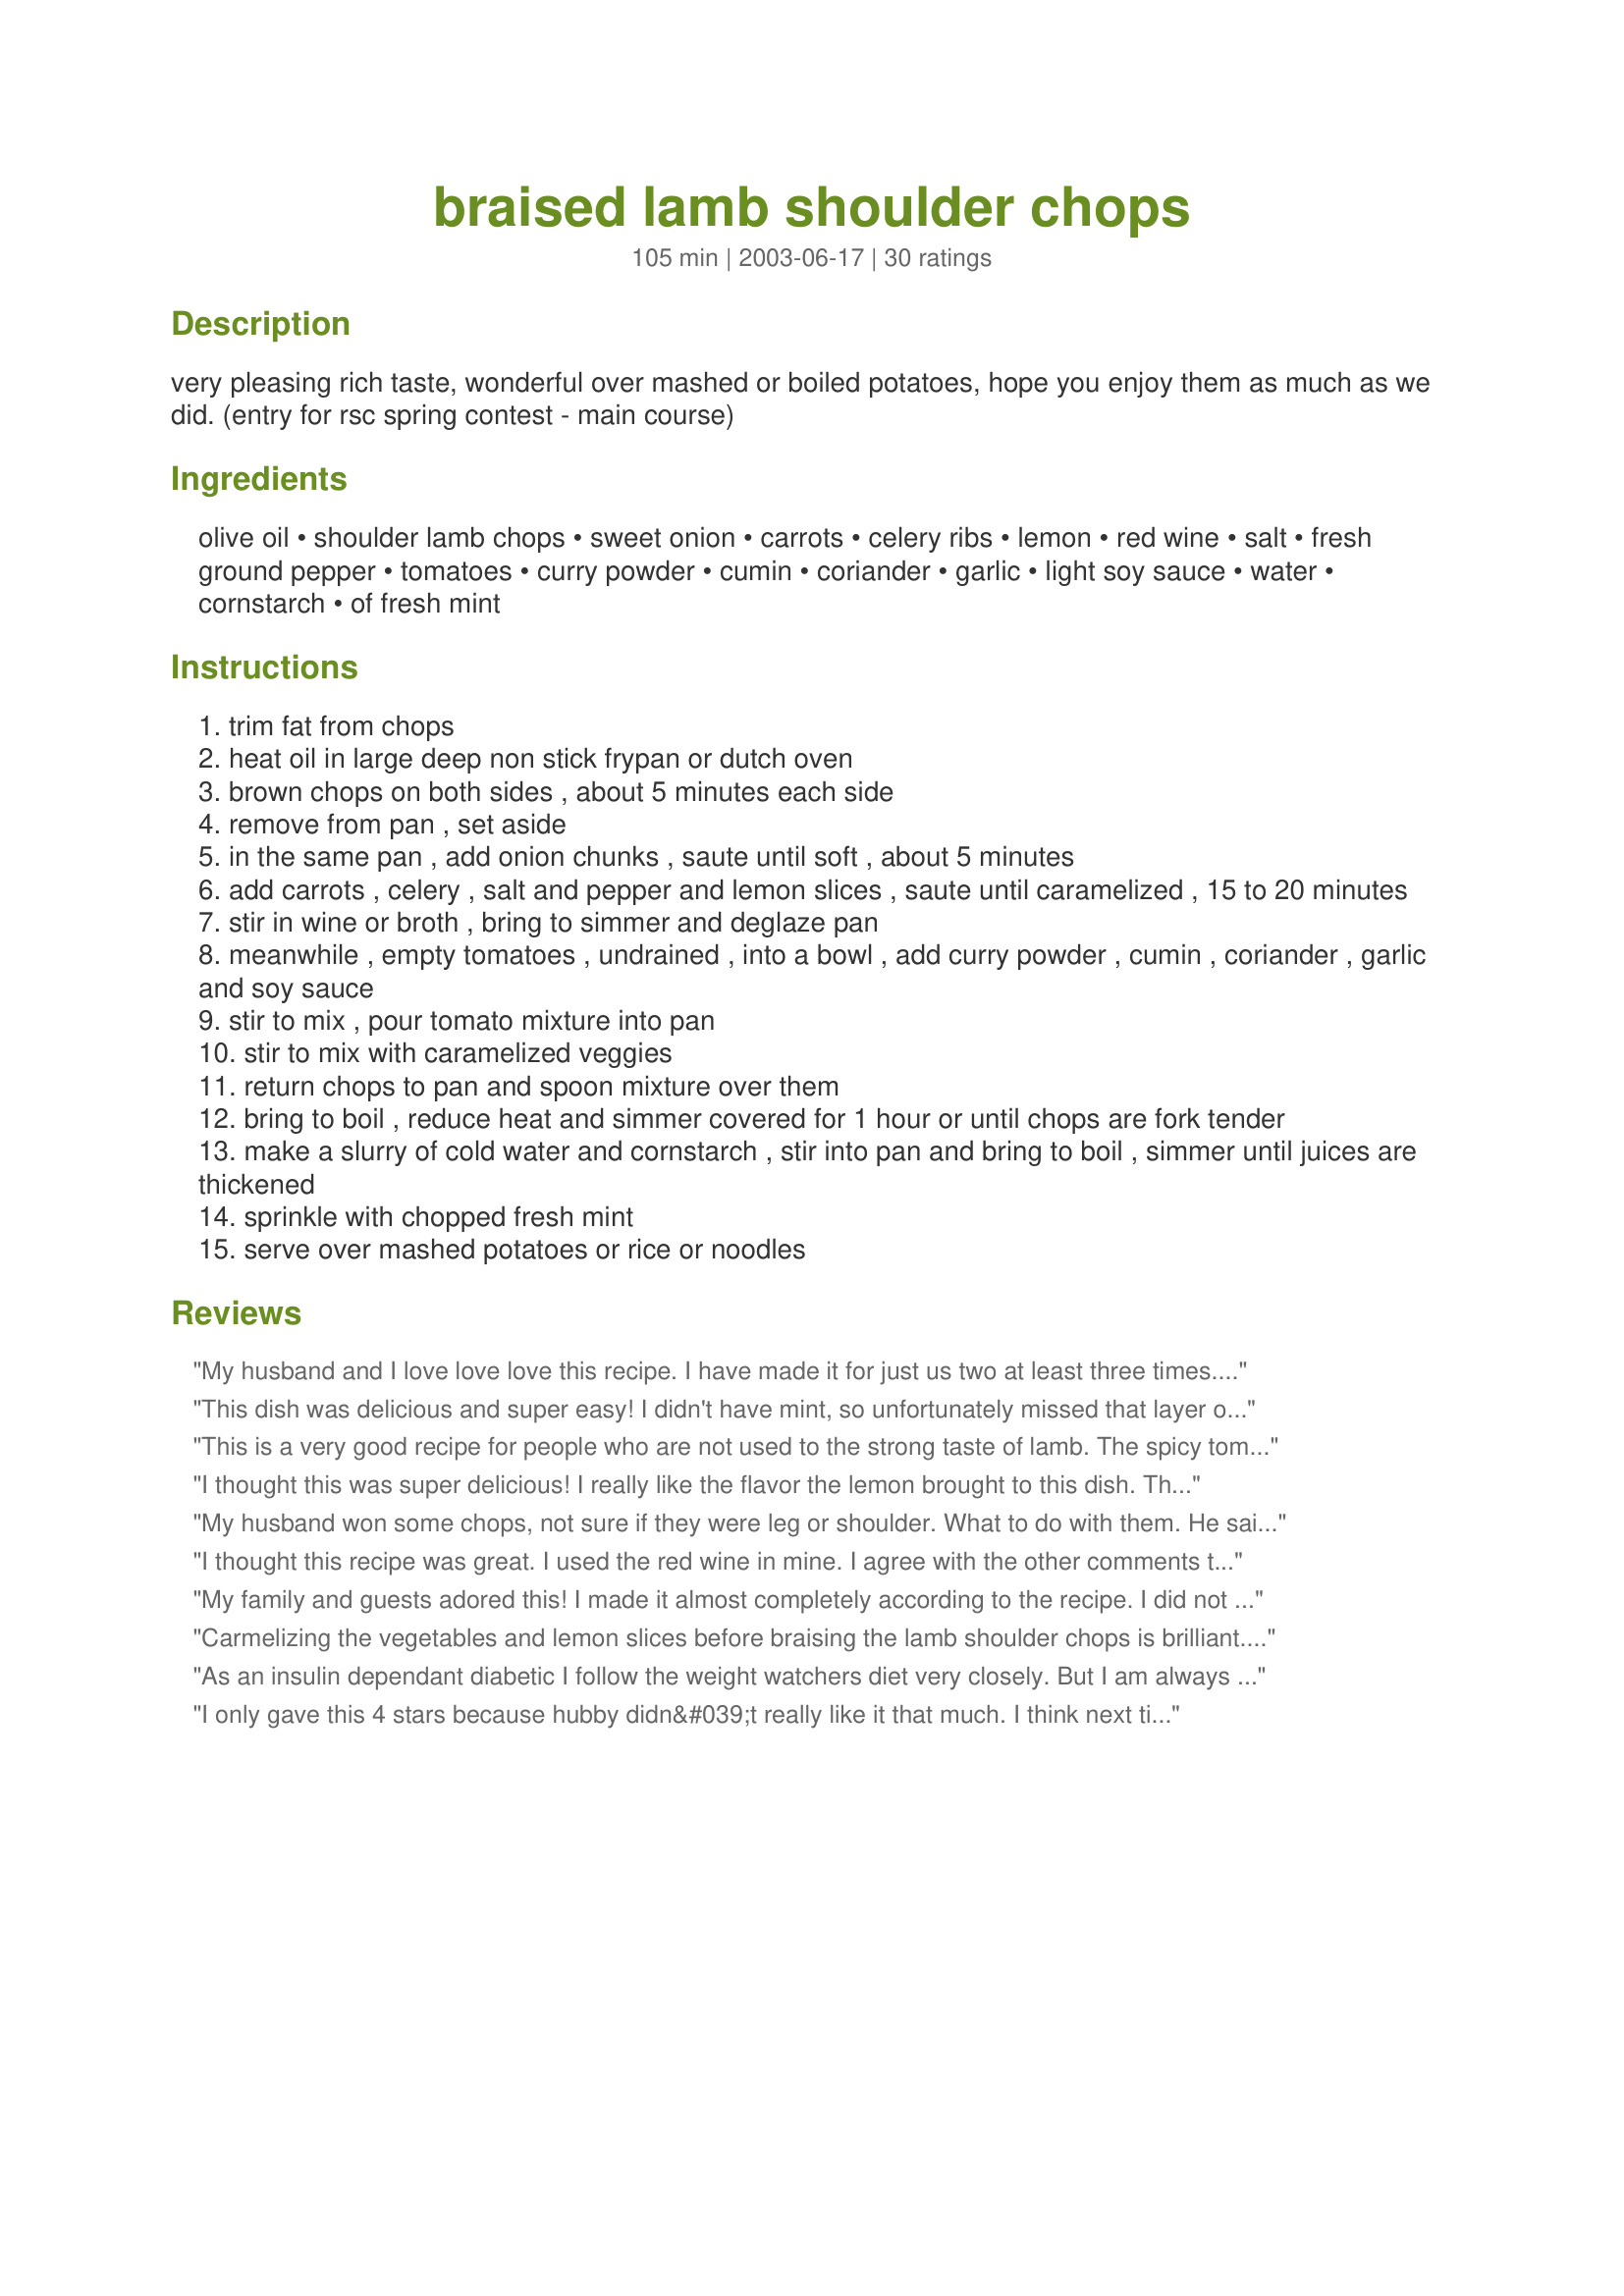
braised lamb shoulder chops
Preparation time: 105 minutes

very pleasing rich taste, wonderful over mashed or boiled potatoes, hope you enjoy them as much as we did. (entry for rsc spring contest - main course)

Ingredients:
olive oil, shoulder lamb chops, sweet onion, carrots, celery ribs, lemon, red wine, salt, fresh ground pepper, tomatoes, curry powder, cumin, coriander, garlic, light soy sauce, water, cornstarch, of fresh mint

Steps:
trim fat from chops
heat oil in large deep non stick frypan or dutch oven
brown chops on both sides , about 5 minutes each side
remove from pan , set aside
in the same pan , add onion chunks , saute until soft , about 5 minutes
add carrots , celery , salt and pepper and lemon slices , saute until caramelized , 15 to 20 minutes
stir in wine or broth , bring to simmer and deglaze pan
meanwhile , empty tomatoes , undrained , into a bowl , add curry powder , cumin , coriander , garlic and soy sauce
stir to mix , pour tomato mixture into pan
stir to mix with caramelized veggies
return chops to pan and spoon mixture over them
bring to boil , reduce heat and simmer covered for 1 hour or until chops are fork tender
make a slurry of cold water and cornstarch , stir into pan and bring to boil , simmer until juices are thickened
sprinkle with chopped fresh mint
serve over mashed potatoes or rice or noodles

Reviews:
My husband and I love love love this recipe. I have made it for just us two at least three times. I plan to make it for Christmas dinner with my in laws.
This dish was delicious and super easy! I didn't have mint, so unfortunately missed that layer of flavor, but if I hadn't read about it, don't think I would have even considered it. Also, I didn't have celery, so I added some celery salt for flavor. Also added sliced mushrooms, amchur powder, and used tangerines in place of lemon. Served the stew-like lamb and veggies over a bed of butter beans with a side of sauteed spinach. Yum!
This is a very good recipe for people who are not used to the strong taste of lamb. The spicy tomato sauce with veggies & lemon tanginess, made this dish simply delicious. Yes, the lamb and veggies were a perfect match to instant Idaho mashed potatoes! 
Further, I cut the recipe in half and used some fresh tomatoes, tomato paste from a tube, less cooking times... with perfect results.
I thought this was super delicious! I really like the flavor the lemon brought to this dish. The sauce is really yummy & the lamb very tender.
My husband won some chops, not sure if they were leg or shoulder. What to do with them. He said he would like a curry. I hate curry, so never make it. Found this recipe, he hates tomatoes in most things. ok. I omitted to tell him I would add them. He hasn't stopped telling me how good this was & I didn't think I could cook so good. I hid the empty tin of tomatoes. I thoorughly enjoyed this, so many flavours, but did not include the mint. Thanks Derf.
I thought this recipe was great. I used the red wine in mine. I agree with the other comments the lemon gives the recipe a special something. And the thing that really finished the dish off is the mint, it brings a freshness to the whole dish. Well done.
My family and guests adored this! I made it almost completely according to the recipe. I did not add the cornstarch, as the sauce was plenty thick enough for me, and I didn't add the mint because I didn't have any. Needless to say, I way will make this again and again.
Carmelizing the vegetables and lemon slices before braising the lamb shoulder chops is brilliant. This recipe is as good as everyone says.
As an insulin dependant diabetic I follow the weight watchers diet very closely. But I am always looking for something different. i love to cook & this can be a challenge. This was a wonderful recipe for lamb or beef. my husband gave it a #10. If you are on weight watchers. the points per chop are 4 unless it's a lean shoulder chop then it's 4. The total points are 6. Very Good.
dcgranny;
I only gave this 4 stars because hubby didn&#039;t really like it that much. I think next time I&#039;ll zest and squeeze the lemon rather than slice it (may have to make it a whole lemon) because I didn&#039;t care for the lemon hit in my mouth when I ate a lemon slice (it was too different a taste from the main taste of the dish.) I used some boneless lamb leg that I chopped into stew sized pieces instead of chops, and cooked for 2 hours, that worked out well. I&#039;m guessing it was about 1 pound of meat. I used cabernet sauvignon wine. Aside from the lemon, the dish was tasty. I would recommend that you sprinkle the chopped mint lightly, as it could overpower the other flavors easily. Preparation was easy and ingredients readily available, so that was a big plus from my point of view. (I was unsure about the &quot;light&quot; soy sauce, so I used low-sodium soy sauce and that was good.) I served it over rice which worked out well to be a one-dish meal.
Excellent! Luscious! The changes we made: omitted curry powder and celery, and we braised it in the oven at 350' for an hour. We kept it warm for another 2 hours till dinnertime, and it was fall-apart luscious. The bites that contain lemon are downright startling. Next time we will add the entire lemon, finely sliced. What a kaleidoscope of flavors! Thank you, Derf!
We really enjoyed this recipe. I used beef stock and added some sweet potatoes and pumpkin to the veges as well. Cooked in the oven at 170 Degrees C (320 Degrees F) for about 1 hour.
Delicious. I made the recipe as directed with the exception of the mint.(didn't have any). We enjoyed this very much.
This is my new favorite lamb recipe! I love the lemon in it; sliced thinly it virtually disappears in the sauce, but the flavor remains and lends very interesting notes. Make sure you have some bread to mop up the dish afterwards!
Super happy with this! This was a great recipe with SIMPLE ingredients that are on hand in the kitchen - a perfect braise recipe for tendering up tough chops. The only changes I made to the recipe were use slightly less curry powder to lower the heat, use 1/4c red wine + 1/4c beef stock, and after browning the meat and vegetables I put it all into a slow cooker for 5 hours on low. I wasn&#039;t sure how it would taste because I&#039;ve never paired red wine with curry spices before; what I found was an incredibly pleasing dish that was easy to put together and leave to cook on its own, tenderized the meat beautifully, and the depth of flavor to the sauce covered any &#039;lamby&#039; taste which some don&#039;t fancy. It has as much comfort as a luxurious slow cooked lamb shank dish. Will definitely cook again!
Friday, July 4/03

My partner, Smiley, came home from work today, opened the door and said "This recipe contest of your's makes our court yard smell like a European bistro". The aroma of Braised Lamb Shoulder Chops simmering in juices flavoured with the recipe's prescribed herbs and seasonings adds to the anticipated enjoyment of dinner. 
We love a lemon addition to our food, use it frequently, so this recipe immediately appeals to our taste preference. The intelligent combination of the seasonings creates a subtility, yet enhances the sweetness of carrot, and onion, while toning down the acidity of tomato and contributes to the ultimate tenderness of Shoulder Chops. (I also added one very large thinly sliced white, mushroom for no good reason other than I could not help myself - I am a mushroom junkie...)

To complement our dinner, I baked two potatoes, cut them in half, but not right through. (I wanted to be able to fold the jackets back over the flesh) I scooped out the flesh while still hot - (that took some doing) - mixed it with a fork until the lumps were smoothed away then added enough canola/soya margarine to bind the flesh, returned the potato to their jackets, folded the skins back over the potato only enough to have plenty of potato protruding through the opening. Then, scooped sauce and veggies over the potatoes and chops. AMBROSIA, PURE AMBROSIA!

I did find, however, that one hour simmering time was not quite long enough to tenderize the celery; but I am a compulsive taster, so I allowed it to continue simmering while I continued tasting, until the vegetables were al dente. Total simmer and taste time about 1.5 hours. The sauce and vegetables are so tasty I could easily eat it on its own, like soup.

Served with a bottle of chilled Terre del Sole, Pinot Grigio, from the 2001 Pasqua collection, made Smiley forget all about the airport woes. When I asked for an objective opinion of the recipe, the answer was an intelligent "Yum-Yum, Goot-Shtofe". 
I guess that brilliant critique means this recipe is a definite keeper, and I thank you for your contribution to the "Ready Set Cook Spring 2003 contest.
loved it! changes I made
 delete : celery, carrots, red wine, curry,soy, cornstarch, and mint.
 add: cubed eggplant, diced zucchini , thick sliced mushrooms, 1/4 inch chopped green beans, lemon zest and juice, red wine vinegar, red pepper flakes, fresh cilantro/flat leaf parsley.
 I thickened it with tomato paste. This is transcendental!
I used leftover Easter lamb roast for this and my husband declared it better than the roast which he made! Even the kids liked it. I only simmered it for about 1/2 hour and it was very easy. Because of the quick cooking I thought my flavors were a little sharp so I added about one tablespoon of brown sugar which worked perfectly. The flavor combination, even with the seasoning from the roast, worked perfectly: complex but not spicy. I'll try this with the shoulder chops and save this for the next lamb leg leftover meal. Thanks
Followed the recipe and in return was rewarded with a very tasty and fulfilling dish. This one is a keeper and we'll add it to our file of favorites!
Served over noodles. Used Sherry. Also, canned Rotele tomatoes.
very good recipe, I also added zuchini and mushrooms and used chopped fresh tomatoes. Thanks!!
This braised Lamb recipe was delicious. I served it with couscous. It had an amazing combination of spices and the lemon gave it just the right amount of bite. Will do it again. A must!
Really great recipe! I had to tweak it a bit as I bought lamb shanks instead of shoulder chops...but delicious nontheless.The flavor was exactly what I was looking for. Thanks!
I don&#039;t usually care for lamb (or mutton) very much, but this dish is wonderful. My husband, who loves lamb, thought he was in heaven. I didn&#039;t have canned tomatoes, but diced some fresh tomatoes and simmered them in a bit of water, and they substituted nicely. The sauce reduced enough during cooking that I omitted the corn starch. I served the lamb with country-style mashed potatoes, green bean bundles, and a freshly baked loaf of rosemary potato bread. (I think I&#039;ll bake a sourdough baguette the next time; the potato bread was a little too soft to soak up all the yummy sauce.) Needless to say, we&#039;ve happily added your recipe to our menu rotation and are looking forward to trying it with other meats as well. :)
Yum! I followed the recipe as is, except I added fresh sliced mushrooms. Very easy -- VERY delicious. Don't skip the fresh mint! And, don't count on leftovers.
Yum, and double yum! I served this to my parents who are really not lamb lovers, and they really enjoyed it, as did I. I didn't add any cornstarch, I just pulled the meat when it was tender and jacked up the heat to reduce the liquid. I used sherry instead of red wine, and I added mushrooms (in the last 20 minutes of cooking), because I had some that needed to be used. I also needed to make this as a make ahead, so I cooked through step 6 on day one, then packed the meat, cooked vegetables, and tomatoes and spices in a zip top bag and refrigerated overnight. Then on day 2, I dumped the entire mixture into a pan and brought it up to a simmer until it was tender. I served over noodles, but rice would have worked equally well. Thanks so much for a wonderful recipe that I will definitely make again!
this is a wonderful wholesome food for all the family, this recipe does it justice, expect no leftovers, dont be afraid to add other veg, and mess with favourite spices, excellent
Very good - can also use pork.
Very nice recipe and easy enough for those intimidated by lamb. The flavors melded nicely and I loved it. Being a Texan, I did not grow up with lamb on the table (Dad the cattleman always forbid it) so was an adult before the foray into lamb, sheep and goat. Thank you for the excellent addition of curry as well1
This is a very good recipe and if you dont have all the ingredients you can change it up a bit.....also, if you don't want to use the liquor you can use juice and it turns out fantastic as well! I used apple juice, because that is what I had and it was delicious! I rarely use recipes from these kinds of forums but with this one, it is so versatile that even a beginning cook couldn't possibly mess it up.Go ahead, try it ...you''ll LOVE it!
